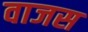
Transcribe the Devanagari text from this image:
वाजस